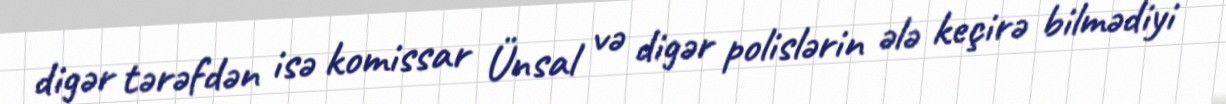
digər tərəfdən isə komissar Ünsal və digər polislərin ələ keçirə bilmədiyi